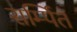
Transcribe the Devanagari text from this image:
सर्म्पित